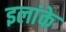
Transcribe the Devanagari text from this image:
इलांके